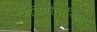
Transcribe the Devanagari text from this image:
फिजियोलाजिस्ट